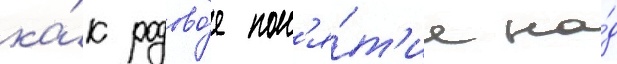
ка́к родово́е пон'я́т'ие на́д